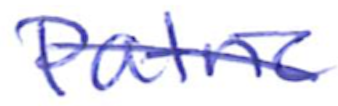
Text: Patric
Cross-out: diagonal
Writing tool: ballpoint